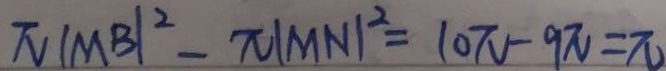
\pi \vert M B \vert ^ { 2 } - \pi \vert M N \vert ^ { 2 } = 1 0 \pi - 9 \pi = \pi